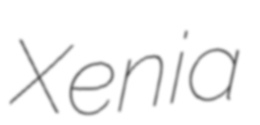
Xenia